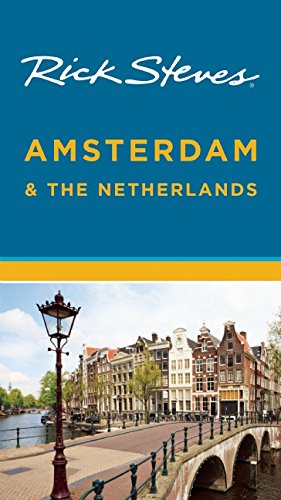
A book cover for Rick Steves Amsterdam & the Netherlands; Rick Steves; Travel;